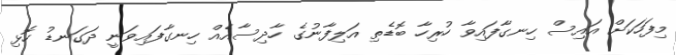
މިފަހަކަށް އައިސް ހިނގާފައިވާ ހުރިހާ ބޮޑެތި އަލިފާނުގެ ހާދިސާއެއް ހިނގާފައިވަނީ ދަގަނޑު ހޮޅި